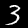
Digit: 3